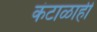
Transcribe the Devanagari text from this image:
कंटाळाही